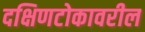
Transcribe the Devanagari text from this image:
दक्षिणटोकावरील